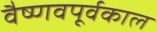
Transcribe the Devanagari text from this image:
वैष्णवपूर्वकाल